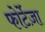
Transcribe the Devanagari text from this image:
फोर्टेज़ा